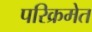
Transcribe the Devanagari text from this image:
परिक्रमेत